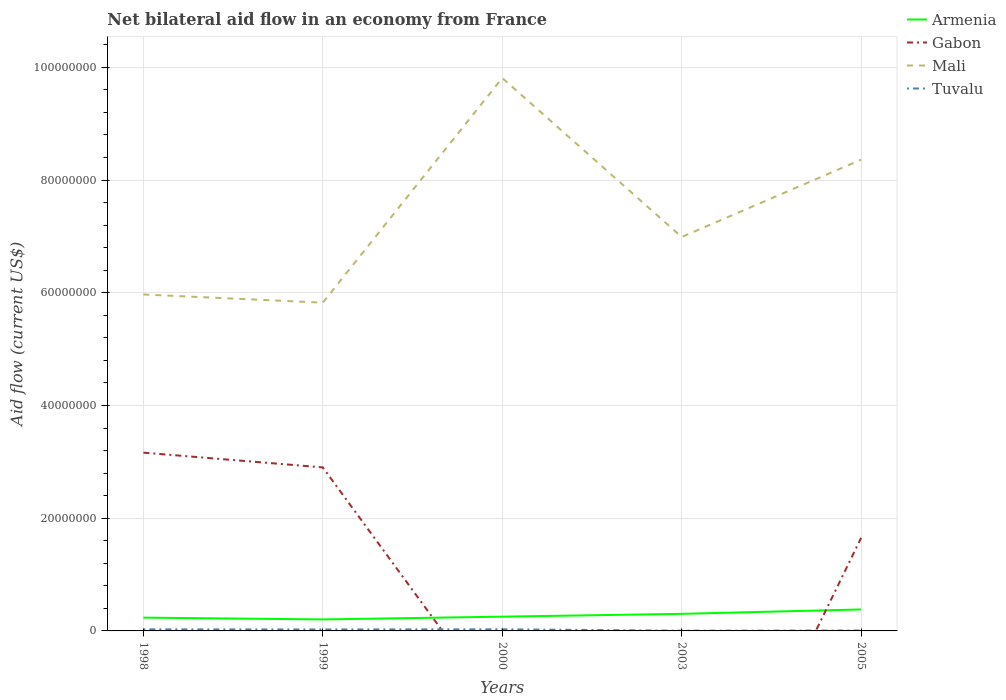
| Years | Armenia | Gabon | Mali | Tuvalu |
 | --- | --- | --- | --- | --- |
 | 1998 | 2.36e+06 | 3.16e+07 | 5.97e+07 | 2.8e+05 |
 | 1999 | 2.04e+06 | 2.9e+07 | 5.82e+07 | 2.6e+05 |
 | 2000 | 2.53e+06 | -1.45e+07 | 9.81e+07 | 2.9e+05 |
 | 2003 | 3.03e+06 | -4.88e+07 | 6.99e+07 | 4e+04 |
 | 2005 | 3.81e+06 | 1.65e+07 | 8.36e+07 | 7e+04 |